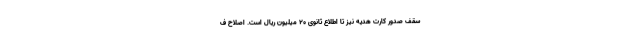
سقف صدور کارت هدیه نیز تا اطلاع ثانوی ۲۰ میلیون ریال است. اصلاح ف